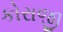
કોરાજી